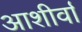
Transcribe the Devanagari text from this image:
आशीर्वा